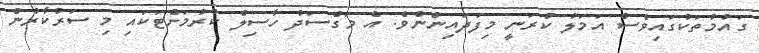
ގައުމުތަކުގައިވެސް އަމަލު ކުރަނީ މިފަދައިންނެވެ. އެ މަގްސަދު ހާސިލް ކުރުމަށްޓަކައި މި ސަރުކާރުން